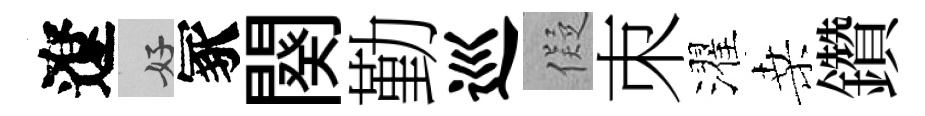
遼好冢闋勤巡儗朿濯桑鑽